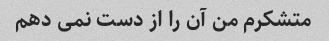
متشکرم من آن را از دست نمی دهم